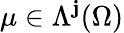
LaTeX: \mu\in\Lambda^{\mathbf{j}}(\Omega)